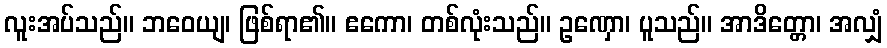
လူးအပ်သည်။ ဘဝေယျ၊ ဖြစ်ရာ၏။ ဧကော၊ တစ်လုံးသည်။ ဥဏှော၊ ပူသည်။ အာဒိတ္တော၊ အလျှံ